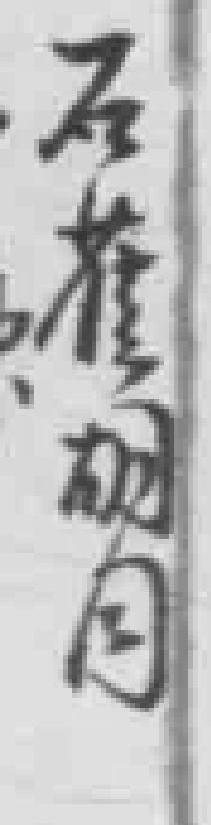
石*胡同